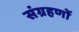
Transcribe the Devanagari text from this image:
संग्रहणों